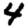
Digit: 4